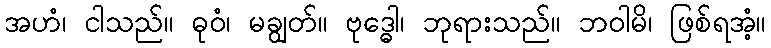
အဟံ၊ ငါသည်။ ဓုဝံ၊ မချွတ်။ ဗုဒ္ဓေါ၊ ဘုရားသည်။ ဘဝါမိ၊ ဖြစ်ရအံ့။